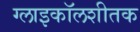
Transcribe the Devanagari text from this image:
ग्लाइकॉलशीतक